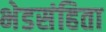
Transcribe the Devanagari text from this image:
भेडसंहिता